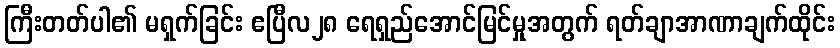
ကြီးတတ်ပါ၏ မရှက်ခြင်း ဧပြီလ၂၈ ရေရှည်အောင်မြင်မှုအတွက် ရတ်ချာအာဏာချက်ထိုင်း